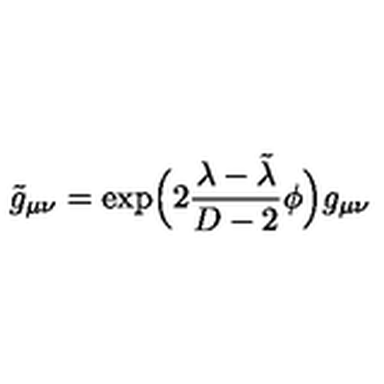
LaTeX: \tilde { g } _ { \mu \nu } = \exp \! \Big ( 2 \frac { \lambda - \tilde { \lambda } } { D - 2 } \phi \Big ) g _ { \mu \nu }